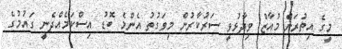
މީގެ އިތުރަށް މުއާޒް ވިދާޅުވީ ސަރުކާރުން މިވަގުތު އެންމެ ބޮޑު އިސްކަމެއްދެނީ ގައުމުގެ